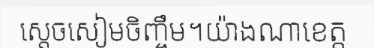
ស្តេចសៀមចិញ្ចឹម។យ៉ាងណាខេត្ត